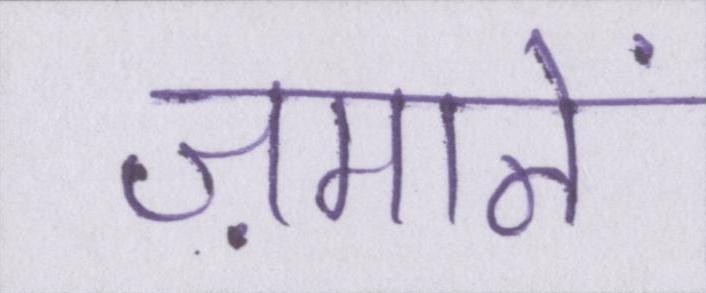
ज़मानें